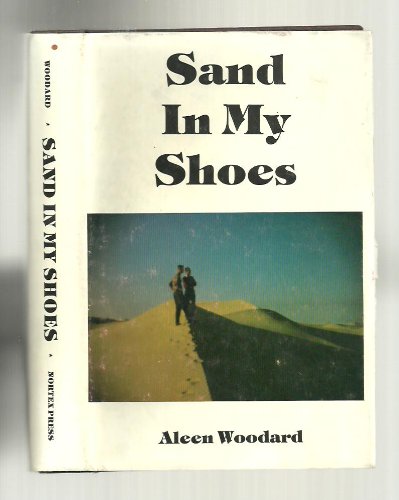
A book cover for Sand in my shoes; Aleen Woodard; Travel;